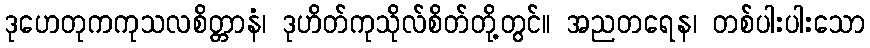
ဒုဟေတုကကုသလစိတ္တာနံ၊ ဒုဟိတ်ကုသိုလ်စိတ်တို့တွင်။ အညတရေန၊ တစ်ပါးပါးသော